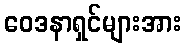
ဝေဒနာရှင်များအား